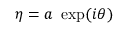
\eta = a { \mathrm { ~ } } \exp ( i \theta )